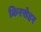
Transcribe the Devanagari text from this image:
किरसेहर